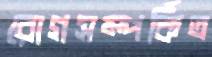
রোগসম্পর্কিত